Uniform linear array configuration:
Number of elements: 48
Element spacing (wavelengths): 0.75
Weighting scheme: exponential
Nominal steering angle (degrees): -15
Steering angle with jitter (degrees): -15.924
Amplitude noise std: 0.05
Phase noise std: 0.05

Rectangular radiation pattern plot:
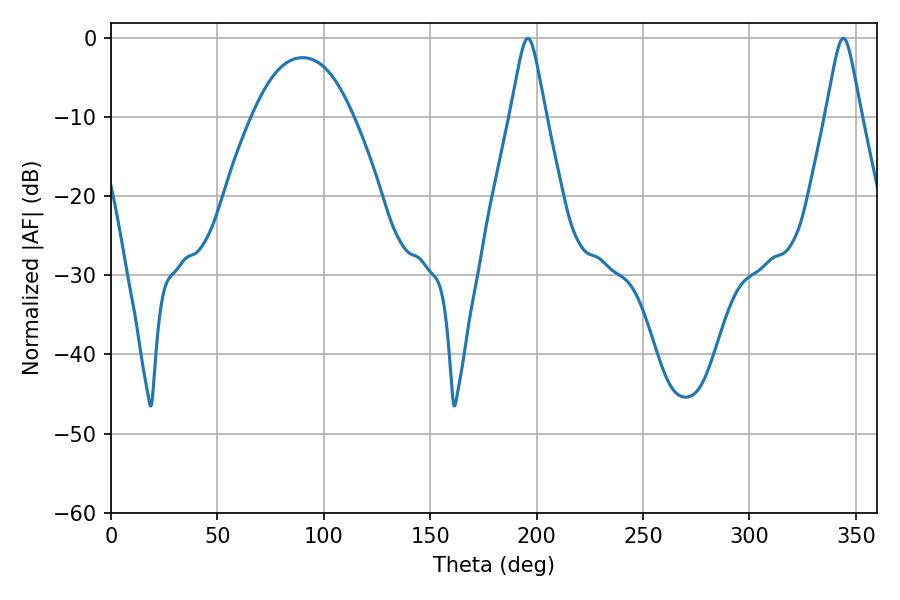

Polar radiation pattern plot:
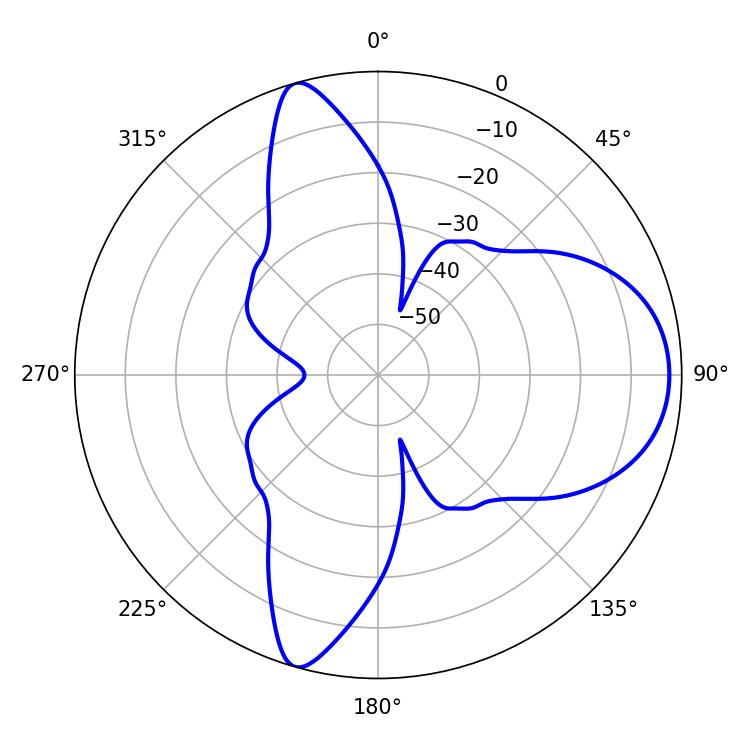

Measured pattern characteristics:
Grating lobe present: TRUE
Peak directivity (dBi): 9.405
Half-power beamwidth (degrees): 7.92
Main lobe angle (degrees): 195.84